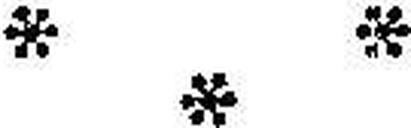
* * *